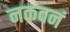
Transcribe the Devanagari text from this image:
नकवनं